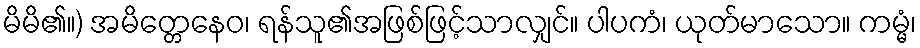
မိမိ၏။) အမိတ္တေနေဝ၊ ရန်သူ၏အဖြစ်ဖြင့်သာလျှင်။ ပါပကံ၊ ယုတ်မာသော။ ကမ္မံ၊